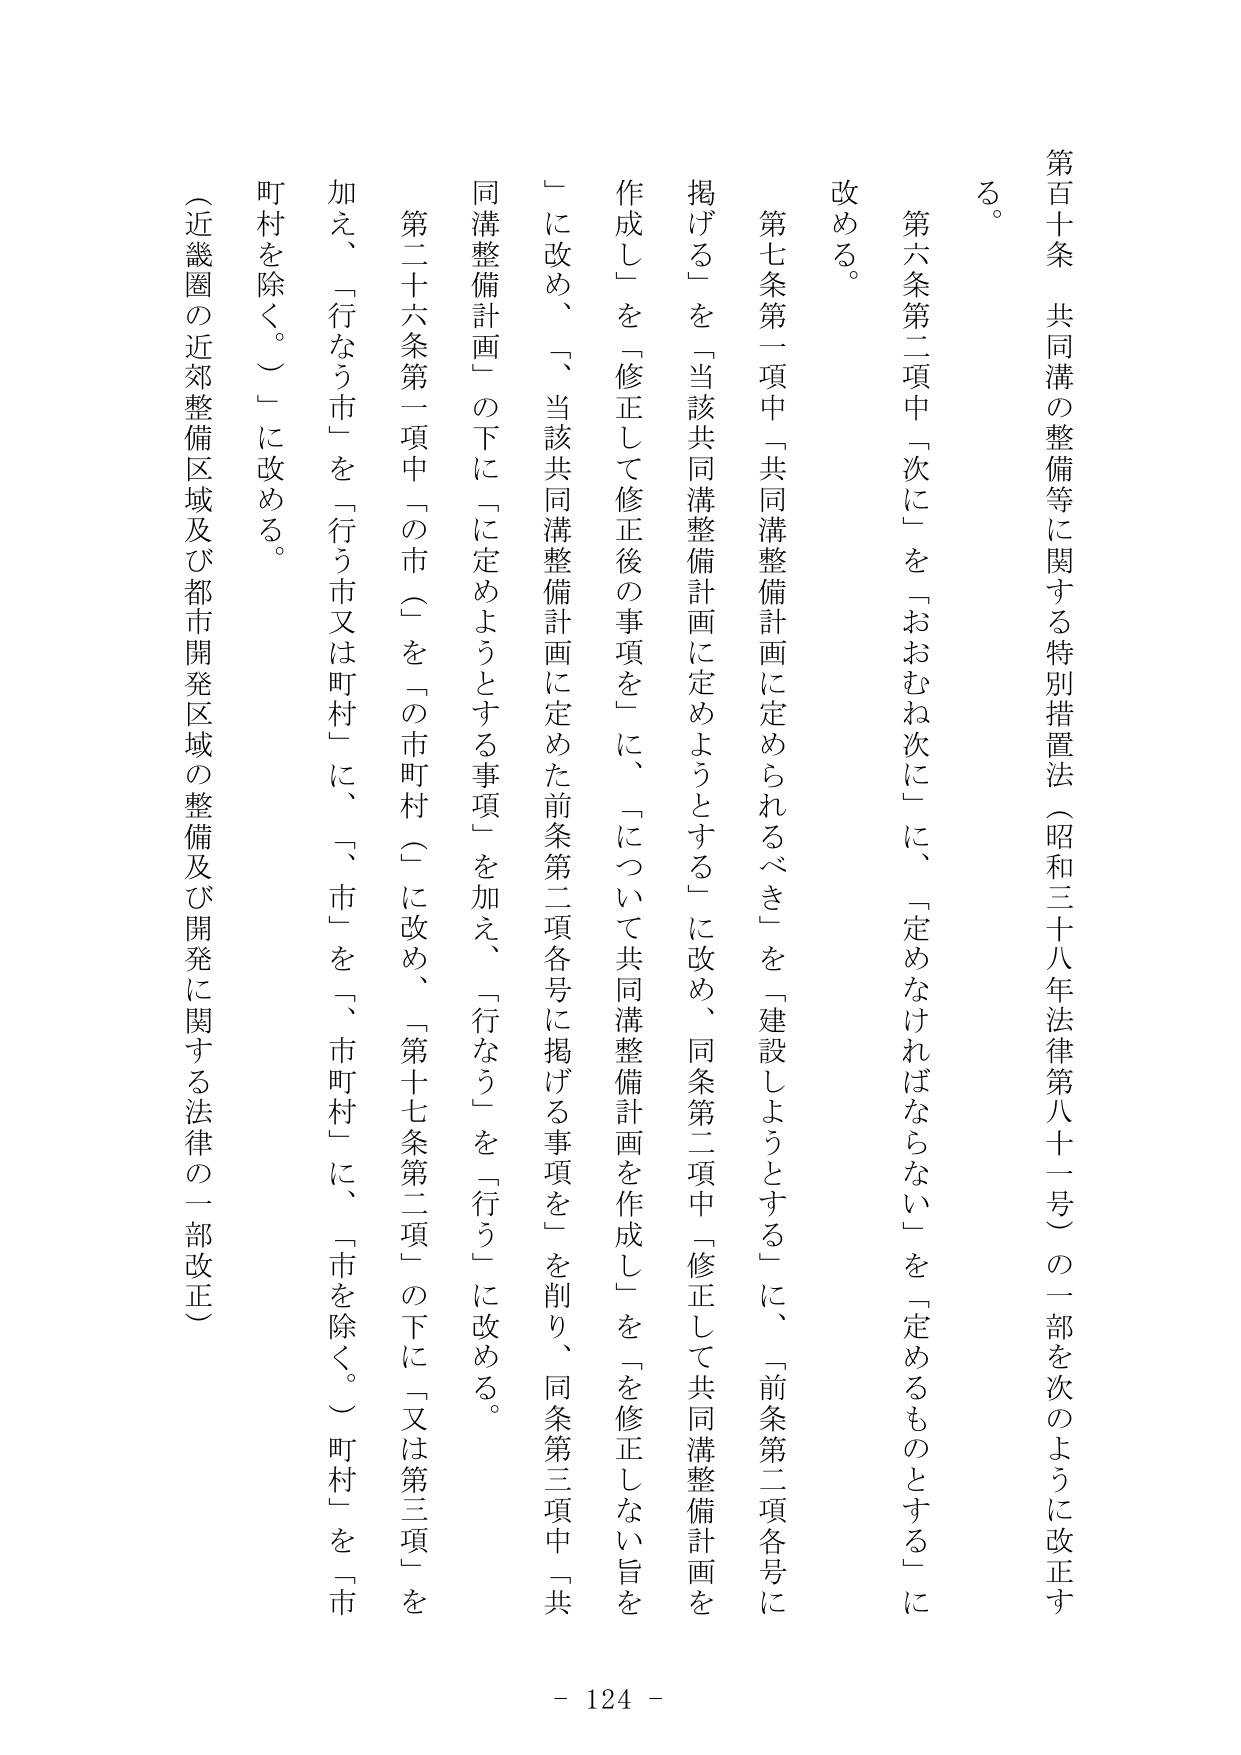
第百十条 共同溝の整備等に関する特別措置法（昭和三十八年法律第八十一号）の一部を次のように改正する。

第六条第二項中「次に」を「おおむね次に」に、「定めなければならない」を「定めるものとする」に改める。

第七条第一項中「共同溝整備計画に定められるべき」を「建設しようとする」に、「前条第二項各号に掲げる」を「当該共同溝整備計画に定めようとする」に改め、同条第二項中「修正して共同溝整備計画を作成し」を「修正して修正後の事項を」に、「について共同溝整備計画を作成し」を「を修正しない旨を」に改め、「当該共同溝整備計画に定めた前条第二項各号に掲げる事項を」を削り、同条第三項中「共同溝整備計画」の下に「に定めようとする事項」を加え、「行なう」を「行う」に改める。

第二十六条第一項中「の市（」を「の市町村（」に改め、「第十七条第二項」の下に「又は第三項」を加え、「行なう市」を「行う市又は町村」に、「市」を「市町村」に、「市を除く。（町村」を「市町村を除く。）」に改める。

（近畿圏の近郊整備区域及び都市開発区域の整備及び開発に関する法律の一部改正）

- 124 -